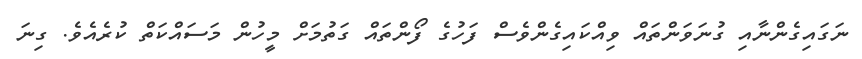
ނަގައިގެންނާއި ގުނަވަންތައް ވިއްކައިގެންވެސް ފަހުގެ ފޯންތައް ގަތުމަށް މީހުން މަސައްކަތް ކުރެއެވެ. ގިނަ